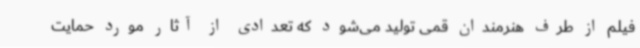
فیلم از طرف هنرمندان قمی تولید می‌شود که تعدادی از آثار مورد حمایت